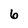
Character: 6